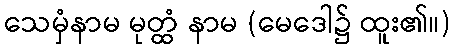
သေမှံနာမ မုတ္ထံ နာမ (မေဒေါ၌ ထူး၏။)